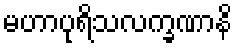
မဟာပုရိသလက္ခဏာနိ